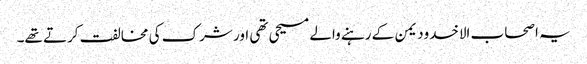
یہ اصحاب الاخدودیمن کے رہنے والے مسیحی تھی اور شرک کی مخالفت کرتے تھے۔